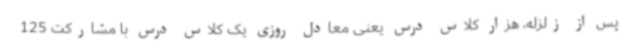
پس از زلزله، هزار کلاس درس یعنی معادل روزی یک کلاس درس با مشارکت 125